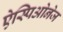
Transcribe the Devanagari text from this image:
ऐस्पिओनेज